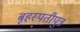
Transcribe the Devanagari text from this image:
बृहस्पतीपुत्र